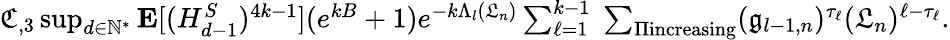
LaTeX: \begin{array}{r}{\mathfrak{C}_{,3}\operatorname*{sup}_{d\in\mathbb{N}^{*}}\mathbf{E}[(H_{d-1}^{S})^{4k-1}](e^{kB}+1)e^{-k\Lambda_{l}(\mathfrak{L}_{n})}\sum_{\ell=1}^{k-1}\; \sum_{\Pi\textrm{increasing}}(\mathfrak{g}_{l-1,n})^{\tau_{\ell}}(\mathfrak{L}_{n})^{\ell-\tau_{\ell}}.}\end{array}